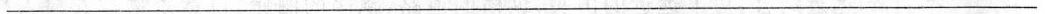
_______________________________